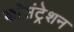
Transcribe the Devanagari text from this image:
काँसंट्रेशन